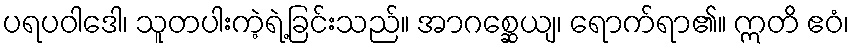
ပရပဝါဒေါ၊ သူတပါးကဲ့ရဲ့ခြင်းသည်။ အာဂစ္ဆေယျ၊ ရောက်ရာ၏။ ဣတိ ဧဝံ၊